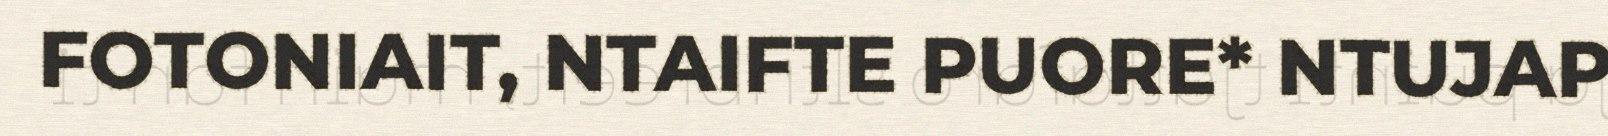
FOTONIAIT, NTAIFTE PUORE* NTUJAP